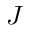
J